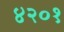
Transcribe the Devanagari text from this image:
४२०१